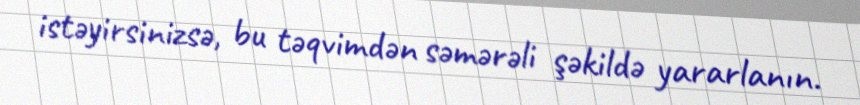
istəyirsinizsə, bu təqvimdən səmərəli şəkildə yararlanın.